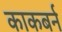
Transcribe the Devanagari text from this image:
काकबर्न